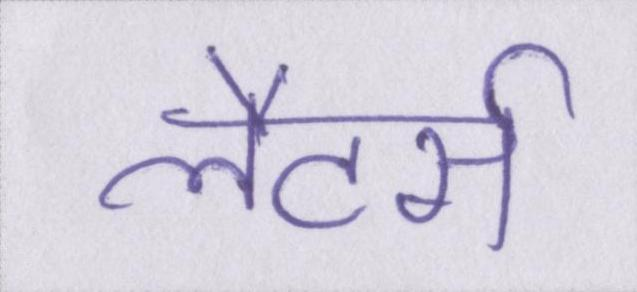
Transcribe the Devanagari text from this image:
लैटर्स